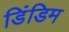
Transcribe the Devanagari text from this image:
डिंडिम